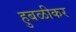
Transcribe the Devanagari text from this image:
हुबळीकर